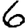
Digit: 6